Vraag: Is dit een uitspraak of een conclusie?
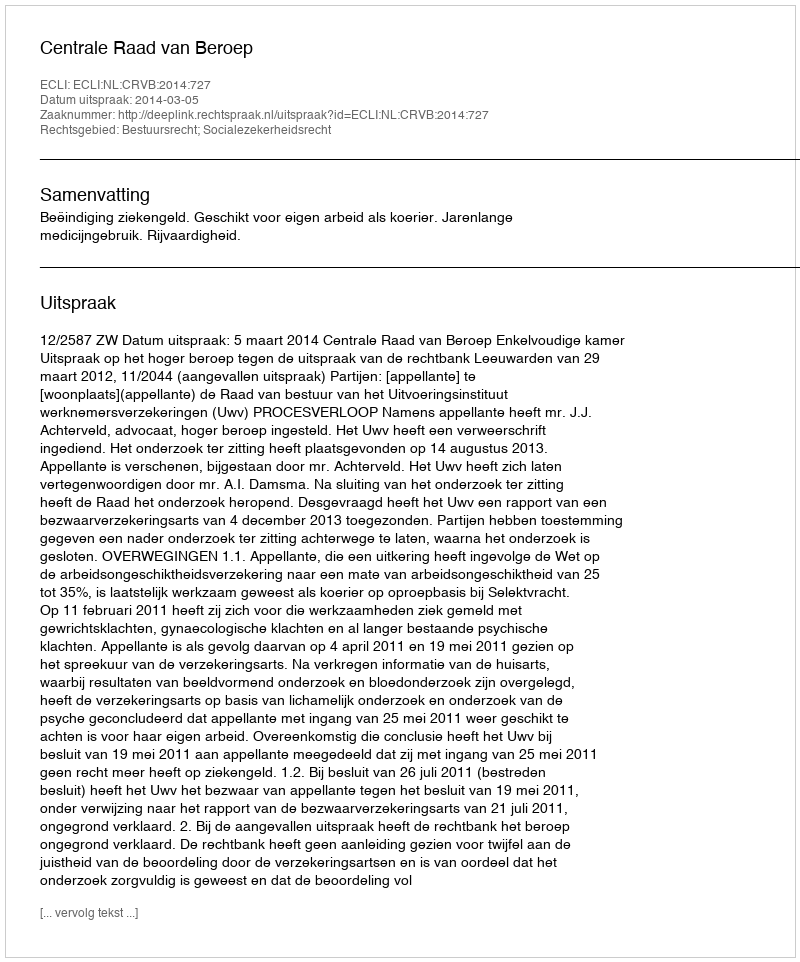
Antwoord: Uitspraak